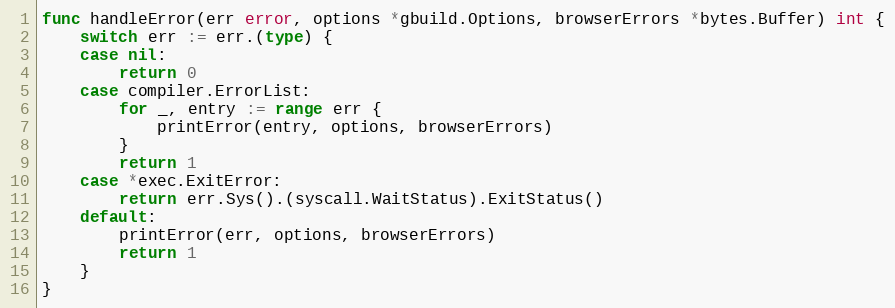
Language: Go
func handleError(err error, options *gbuild.Options, browserErrors *bytes.Buffer) int {
	switch err := err.(type) {
	case nil:
		return 0
	case compiler.ErrorList:
		for _, entry := range err {
			printError(entry, options, browserErrors)
		}
		return 1
	case *exec.ExitError:
		return err.Sys().(syscall.WaitStatus).ExitStatus()
	default:
		printError(err, options, browserErrors)
		return 1
	}
}